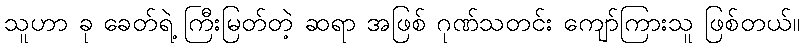
သူဟာ ခု ခေတ်ရဲ့ ကြီးမြတ်တဲ့ ဆရာ အဖြစ် ဂုဏ်သတင်း ကျော်ကြားသူ ဖြစ်တယ်။